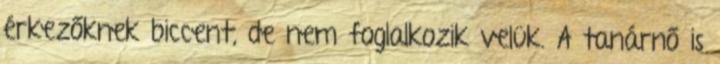
érkezőknek biccent, de nem foglalkozik velük. A tanárnő is